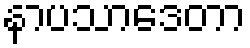
နာပသာဒေတာ